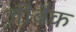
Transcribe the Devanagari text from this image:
ज़ीबैक